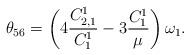
LaTeX: \begin{align*}\theta_{56}=\left(4\frac{C^1_{2,1}}{C^1_1}-3\frac{C^1_1}{\mu}\right)\omega_1.\end{align*}